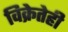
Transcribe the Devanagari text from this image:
विक्रेतेही